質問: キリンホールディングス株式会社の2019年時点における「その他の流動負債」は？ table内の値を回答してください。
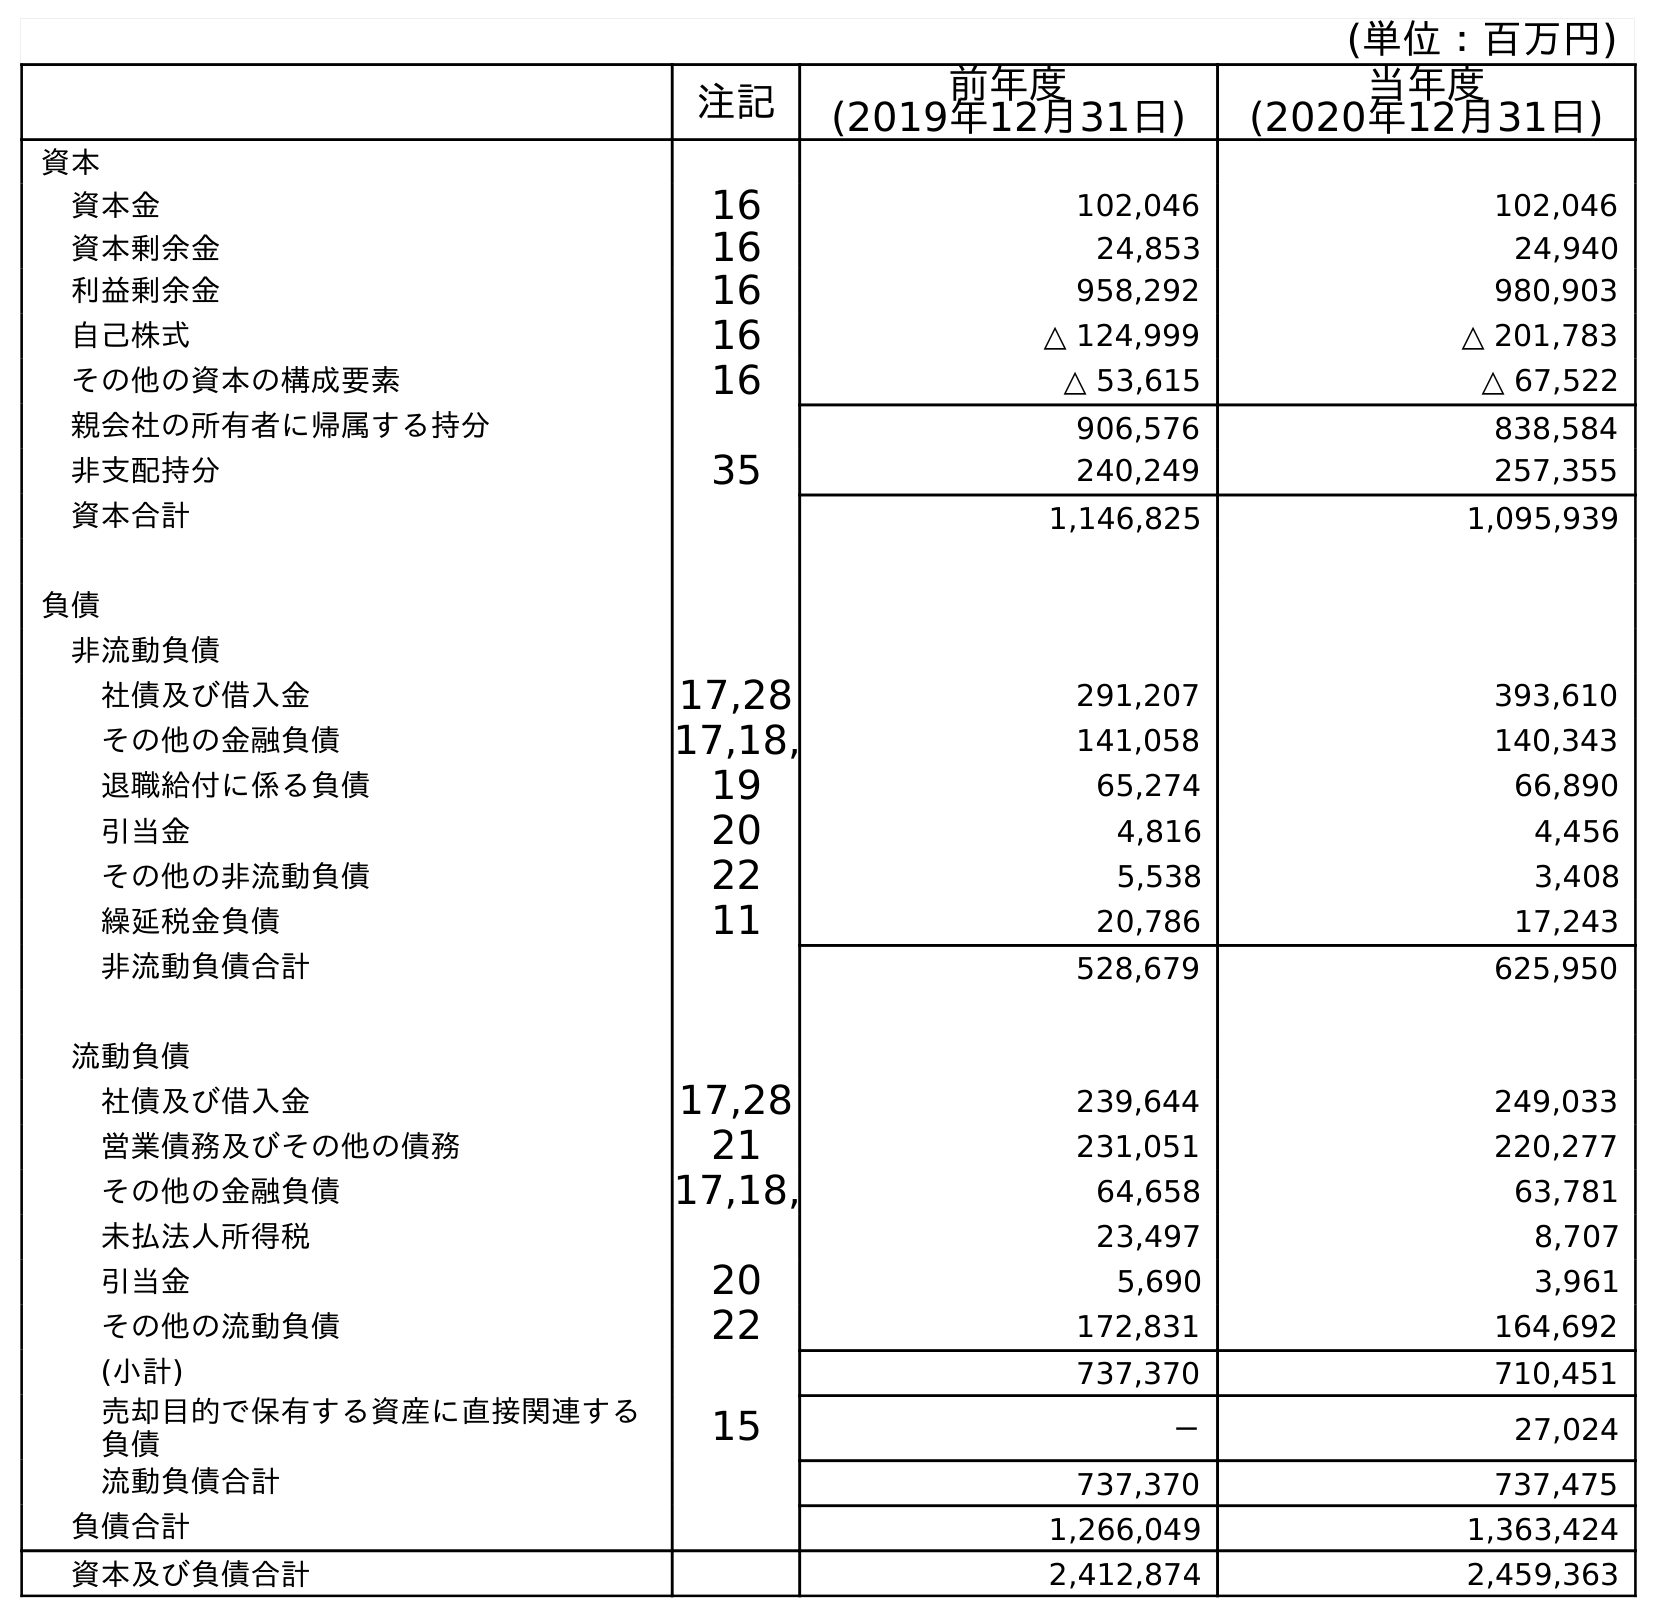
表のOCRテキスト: (単位：百万円) 注記 前年度 (2019年12月31日) 当年度 (2020年12月31日) 資本 資本金 16 102,046 102,046 資本剰余金 16 24,853 24,940 利益剰余金 16 958,292 980,903 自己株式 16 △ 124,999 △ 201,783 その他の資本の構成要素 16 △ 53,615 △ 67,522 親会社の所有者に帰属する持分 906,576 838,584 非支配持分 35 240,249 257,355 資本合計 1,146,825 1,095,939 負債 非流動負債 社債及び借入金 17,28 291,207 393,610 その他の金融負債 17,18, 141,058 140,343 退職給付に係る負債 19 65,274 66,890 引当金 20 4,816 4,456 その他の非流動負債 22 5,538 3,408 繰延税金負債 11 20,786 17,243 非流動負債合計 528,679 625,950 流動負債 社債及び借入金 17,28 239,644 249,033 営業債務及びその他の債務 21 231,051 220,277 その他の金融負債 17,18, 64,658 63,781 未払法人所得税 23,497 8,707 引当金 20 5,690 3,961 その他の流動負債 22 172,831 164,692 (小計) 737,370 710,451 売却目的で保有する資産に直接関連する 負債 15 － 27,024 流動負債合計 737,370 737,475 負債合計 1,266,049 1,363,424 資本及び負債合計 2,412,874 2,459,363
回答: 172,831